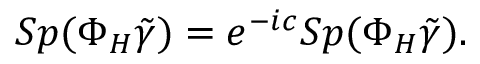
S p ( \Phi _ { H } \tilde { \gamma } ) = e ^ { - i c } S p ( \Phi _ { H } \tilde { \gamma } ) .